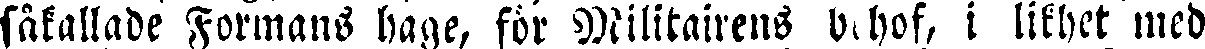
såkallade Formans hage, för Militairens v-hof, i likhet med